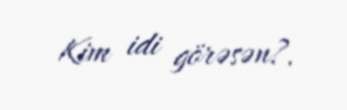
Kim idi görəsən?.